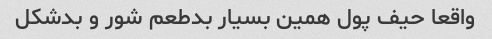
واقعا حیف پول همین بسیار بدطعم شور و بدشکل